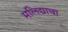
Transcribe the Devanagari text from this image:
मलिद्याचा